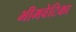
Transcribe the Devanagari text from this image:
भीमवेटिका